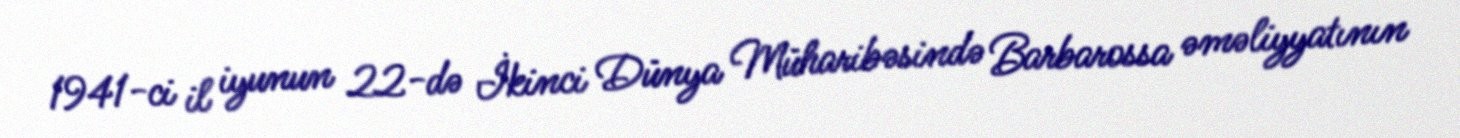
1941-ci il iyunun 22-də İkinci Dünya Müharibəsində Barbarossa əməliyyatının